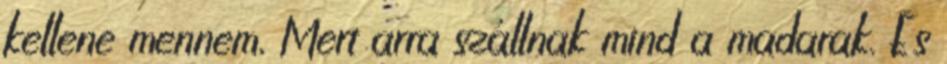
kellene mennem, Mert arra szállnak mind a madarak. És